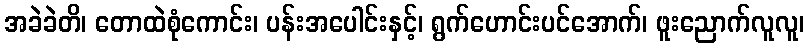
အခဲခဲတိ၊ တောထဲစုံကောင်း၊ ပန်းအပေါင်းနှင့်၊ ရွက်ဟောင်းပင်အောက်၊ ဖူးညောက်လူလူ၊